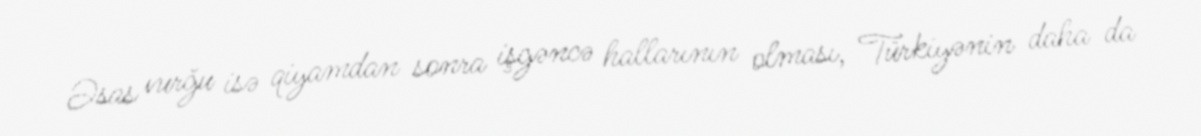
Əsas vurğu isə qiyamdan sonra işgəncə hallarının olması, Türkiyənin daha da